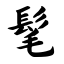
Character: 髦